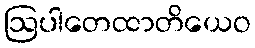
ဩပါတေထာတိယေဝ